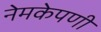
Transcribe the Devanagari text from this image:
नेमकेपणी